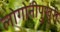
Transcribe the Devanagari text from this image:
लोगोनीपुखुरी